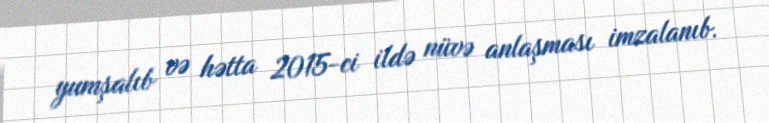
yumşalıb və hətta 2015-ci ildə nüvə anlaşması imzalanıb.